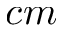
c m